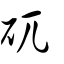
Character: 矹